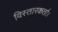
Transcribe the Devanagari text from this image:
विस्तारकर्ता।